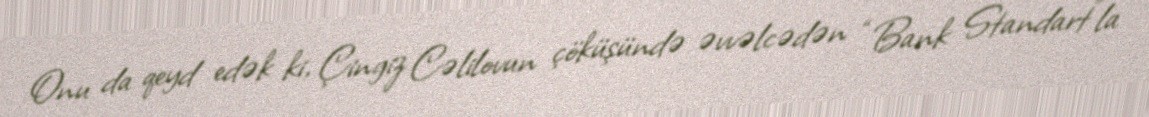
Onu da qeyd edək ki, Çingiz Cəlilovun çöküşündə əvvəlcədən “Bank Standart”la